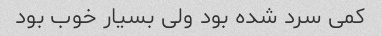
کمی سرد شده بود ولی بسیار خوب بود